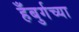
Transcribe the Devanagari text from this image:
हँबुर्गच्या